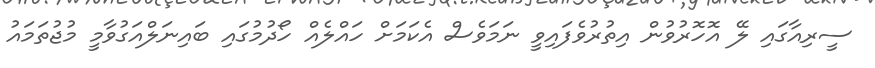
ސީރިއާގައި ލޭ އޮހޮރުވުން އިތުރުވެފައިވީ ނަމަވެސް އެކަމަށް ހައްލެއް ހޯދުމުގައި ބައިނަލްއަގުވާމީ މުޖުތަމައު